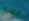
الطابق